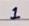
1